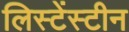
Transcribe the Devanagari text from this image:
लिस्टेंस्टीन